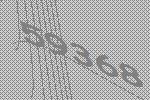
59368